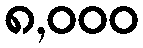
၈,၀၀၀